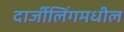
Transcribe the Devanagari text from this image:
दार्जीलिंगमधील